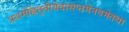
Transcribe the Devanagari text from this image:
प्रथमेह्नितृतीयेवासप्तमेनवमेतथा